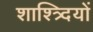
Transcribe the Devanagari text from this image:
शाश्त्र्दियों